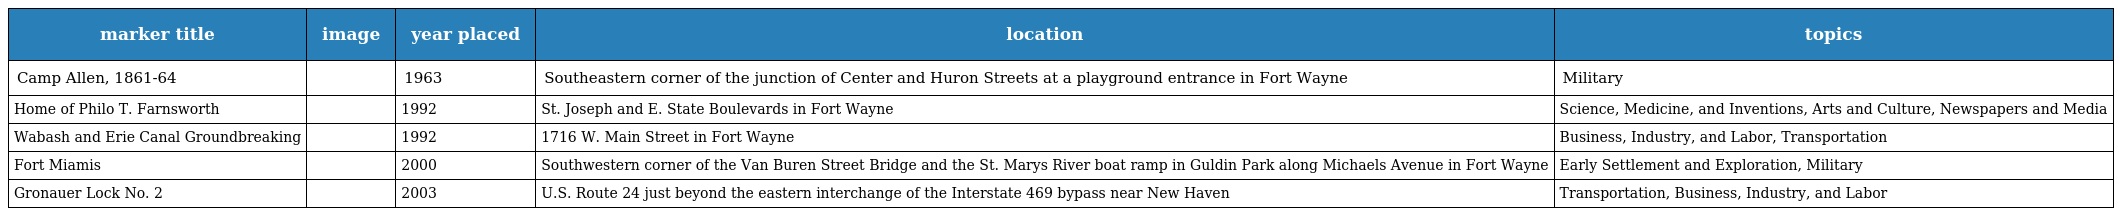
| marker title | image | year placed | location | topics |
 | --- | --- | --- | --- | --- |
 | Camp Allen, 1861-64 |  | 1963 | Southeastern corner of the junction of Center and Huron Streets at a playground entrance in Fort Wayne | Military |
 | Home of Philo T. Farnsworth |  | 1992 | St. Joseph and E. State Boulevards in Fort Wayne | Science, Medicine, and Inventions, Arts and Culture, Newspapers and Media |
 | Wabash and Erie Canal Groundbreaking |  | 1992 | 1716 W. Main Street in Fort Wayne | Business, Industry, and Labor, Transportation |
 | Fort Miamis |  | 2000 | Southwestern corner of the Van Buren Street Bridge and the St. Marys River boat ramp in Guldin Park along Michaels Avenue in Fort Wayne | Early Settlement and Exploration, Military |
 | Gronauer Lock No. 2 |  | 2003 | U.S. Route 24 just beyond the eastern interchange of the Interstate 469 bypass near New Haven | Transportation, Business, Industry, and Labor |